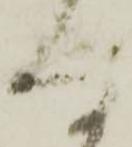
な